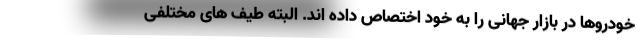
خودروها در بازار جهانی را به خود اختصاص داده اند. البته طیف های مختلفی